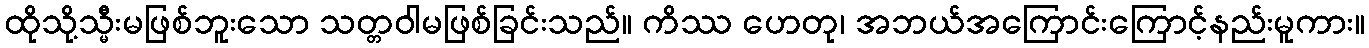
ထိုသို့သ္မီးမဖြစ်ဘူးသော သတ္တဝါမဖြစ်ခြင်းသည်။ ကိဿ ဟေတု၊ အဘယ်အကြောင်းကြောင့်နည်းမူကား။